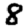
Digit: 8